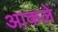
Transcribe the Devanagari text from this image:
आकले